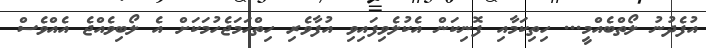
އުފެދުނު ލޯތްބެއްމީ... ހިތިކަމާއި ފޮނިކަން އެކުލެވިފައިވި އުފާވެރި ހިތްހަމަޖެހުމަކަށް އެ ލޯބިވެއްޖެ އެއްވެސް